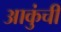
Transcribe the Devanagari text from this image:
आकुंची